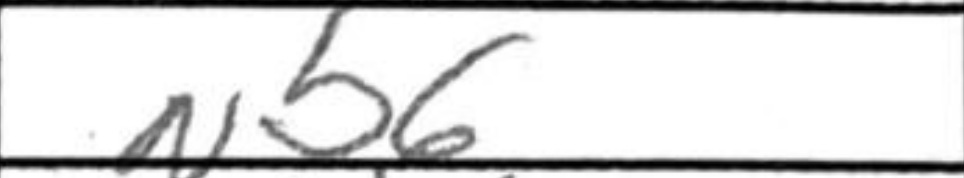
Transcription: Nb6